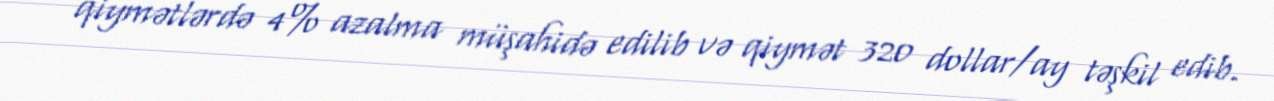
qiymətlərdə 4% azalma müşahidə edilib və qiymət 320 dollar/ay təşkil edib.